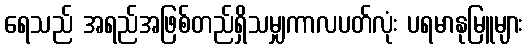
ရေသည် အရည်အဖြစ်တည်ရှိသမျှကာလပတ်လုံး ပရမာနုမြူများ